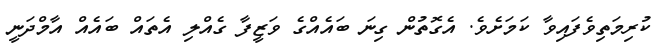
ކުރިމަތިވެފައިވާ ކަމަށެވެ. އެގޮތުން ގިނަ ބައެއްގެ ވަޒީފާ ގެއްލި އެތައް ބައެއް އާމްދަނީ